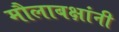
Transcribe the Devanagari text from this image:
मौलाबक्षांनी